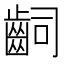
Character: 𪗪